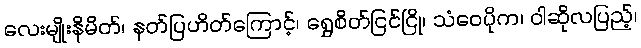
လေးမျိုးနိမိတ်၊ နတ်ပြဟိတ်ကြောင့်၊ ရွှေစိတ်ငြင်ငြို၊ သံဝေပိုက၊ ဝါဆိုလပြည့်၊